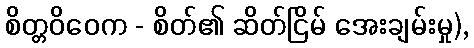
စိတ္တဝိဝေက - စိတ်၏ ဆိတ်ငြိမ် အေးချမ်းမှု),